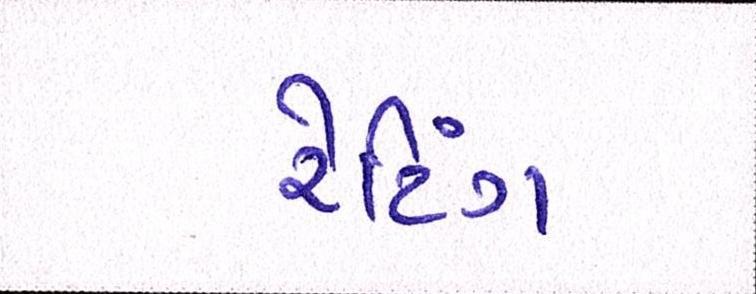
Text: રેટિંગ